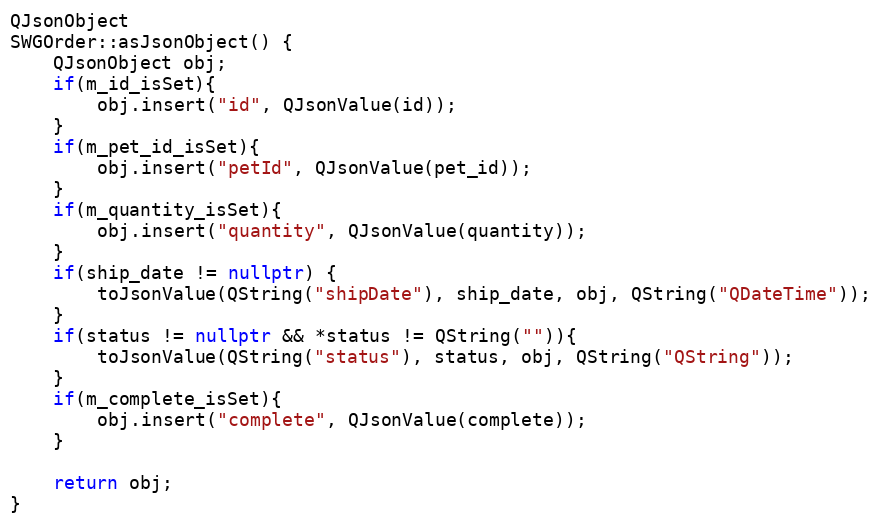
Language: C++
QJsonObject
SWGOrder::asJsonObject() {
    QJsonObject obj;
    if(m_id_isSet){
        obj.insert("id", QJsonValue(id));
    }
    if(m_pet_id_isSet){
        obj.insert("petId", QJsonValue(pet_id));
    }
    if(m_quantity_isSet){
        obj.insert("quantity", QJsonValue(quantity));
    }
    if(ship_date != nullptr) {
        toJsonValue(QString("shipDate"), ship_date, obj, QString("QDateTime"));
    }
    if(status != nullptr && *status != QString("")){
        toJsonValue(QString("status"), status, obj, QString("QString"));
    }
    if(m_complete_isSet){
        obj.insert("complete", QJsonValue(complete));
    }

    return obj;
}